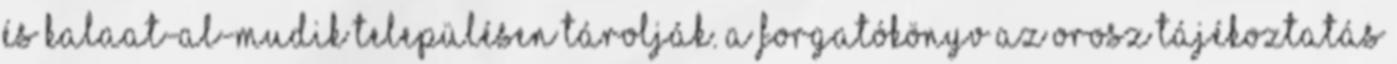
és Kalaat-al-Mudik településen tárolják. A forgatókönyv az orosz tájékoztatás